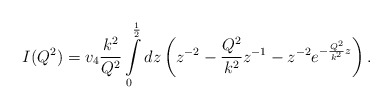
\begin{align*}I(Q^2)=v_4\frac{k^2}{Q^2}\int\limits_0^\frac{1}{2}dz\left(z^{-2}-\frac{Q^2}{k^2}z^{-1}-z^{-2}e^{-\frac{Q^2}{k^2}z}\right).\end{align*}